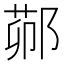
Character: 𬪋